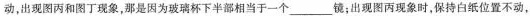
动，出现图丙和图丁现象，那是因为玻璃杯下半部相当于一个___镜；出现图丙现象时，保持白纸位置不动，